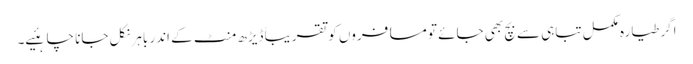
اگر طیارہ مکمل تباہی سے بچ بھی جائے تو مسافروں کو تقریباً ڈیڑھ منٹ کے اندر باہر نکل جانا چاہئیے۔